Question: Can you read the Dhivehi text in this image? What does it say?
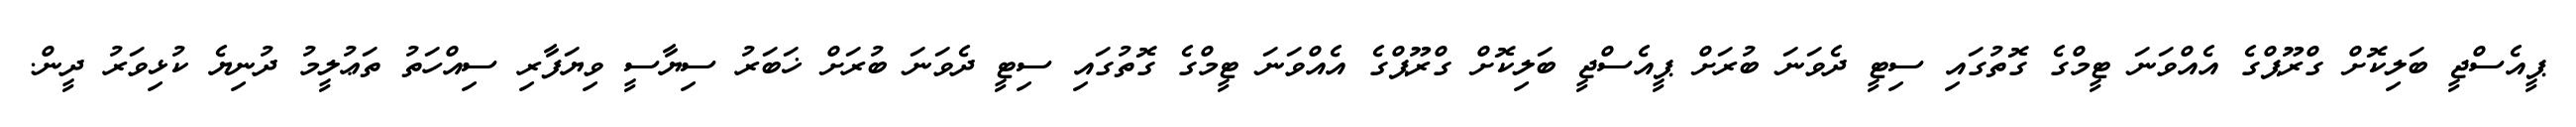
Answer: ޕީއެސްޖީ ބަލިކޮށް ގްރޫޕްގެ އެއްވަނަ ޓީމްގެ ގޮތުގައި ސިޓީ ދެވަނަ ބުރަށް ޕީއެސްޖީ ބަލިކޮށް ގްރޫޕްގެ އެއްވަނަ ޓީމްގެ ގޮތުގައި ސިޓީ ދެވަނަ ބުރަށް ޚަބަރު ސިޔާސީ ވިޔަފާރި ސިއްހަތު ތަޢުލީމު ދުނިޔެ ކުޅިވަރު ދީން.